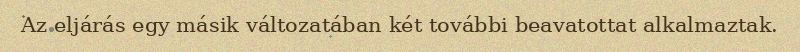
Az eljárás egy másik változatában két további beavatottat alkalmaztak.